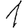
Digit: 1